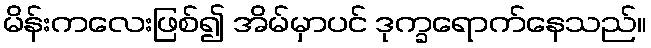
မိန်းကလေးဖြစ်၍ အိမ်မှာပင် ဒုက္ခရောက်နေသည်။